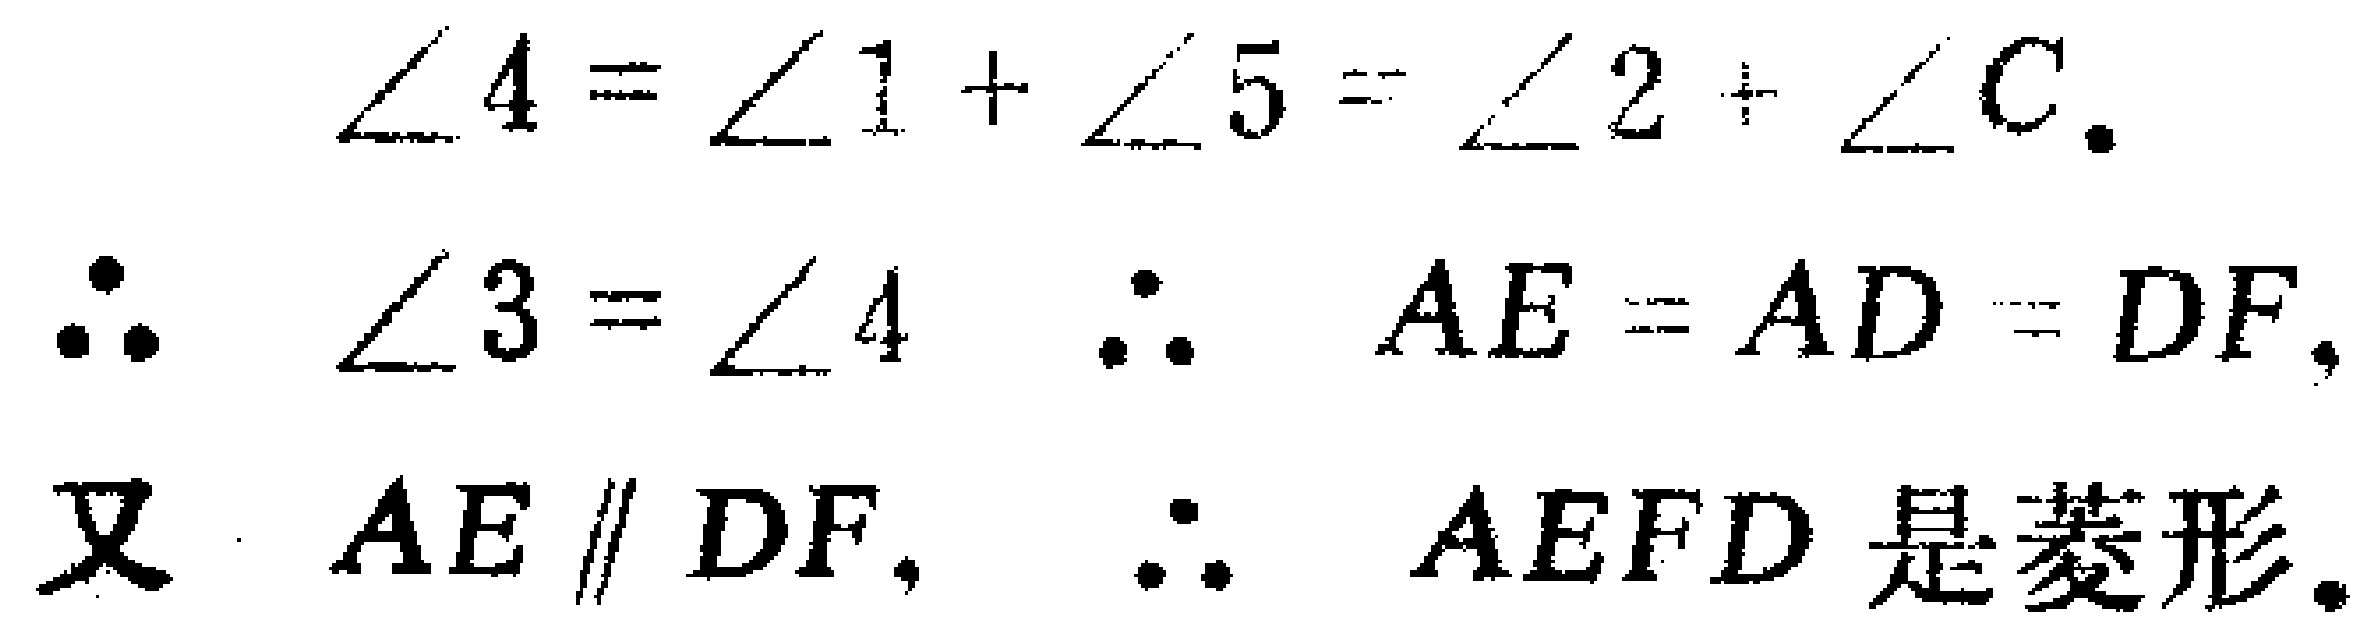
\[\begin{align*}
\angle 4&=\angle 1 + \angle 5=\angle 2+\angle C.\\
\therefore\angle 3&=\angle 4\quad\therefore AE = AD = DF.\\
\text{又 }AE&\parallel DF,\quad\therefore AEFD\text{ 是菱形}.
\end{align*}\]